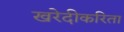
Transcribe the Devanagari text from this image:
खरेदीकरिता